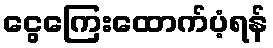
ငွေကြေးထောက်ပံ့ရန်